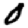
Digit: 0